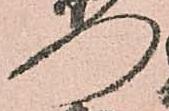
門